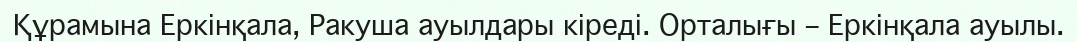
Құрамына Еркінқала, Ракуша ауылдары кіреді. Орталығы – Еркінқала ауылы.